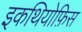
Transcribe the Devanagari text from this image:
इकथियोफ़िस